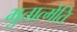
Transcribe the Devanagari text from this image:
भुतात्मेति